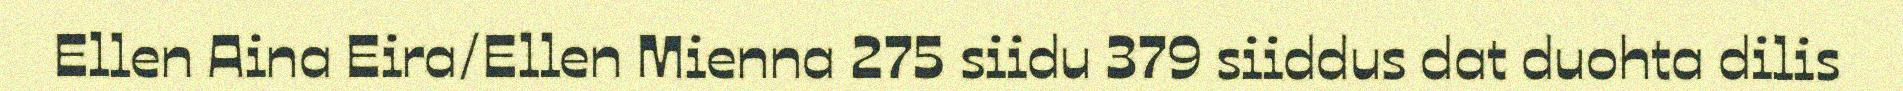
Ellen Aina Eira/Ellen Mienna 275 siidu 379 siiddus dat duohta dilis